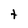
Character: t